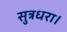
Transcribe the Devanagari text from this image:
सुत्रधरा।